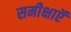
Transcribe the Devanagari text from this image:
समीक्षाऍं